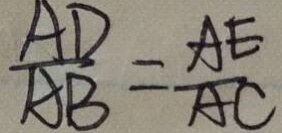
\frac { A D } { A B } = \frac { A E } { A C }